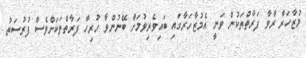
މުޒާހަރާ ރާވާ ފަރާތްތަކުން ވަނީ އެމުޒާހަރާގައި ބައިވެރިވުމަށް ބޭނުންވާ ހުރިހާ ފަރާތްތަކަށްވެސް ފުރުސަތު